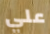
علي